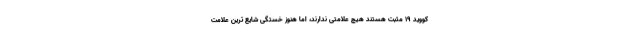
کووید ۱۹ مثبت هستند هیچ علامتی ندارند، اما هنوز خستگی شایع ترین علامت